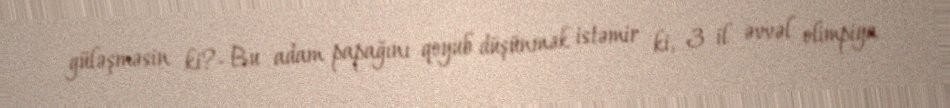
güləşməsin ki?- Bu adam papağını qoyub düşünmək istəmir ki, 3 il əvvəl olimpiya